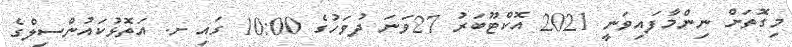
މިގޮތަށް ނިންމާފައިވަނީ 2021 އޮކްޓޫބަރު 27ވަނަ ދުވަހުގެ 10:00 ގައި ށ. އަތޮޅުކައުންސިލްގެ